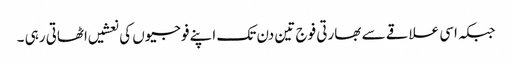
جبکہ اسی علاقے سے بھارتی فوج تین دن تک اپنے فوجیوں کی نعشیں اٹھاتی رہی ۔